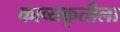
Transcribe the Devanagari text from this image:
काव्यकृतीला